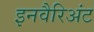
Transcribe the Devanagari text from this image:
इनवैरिअंट